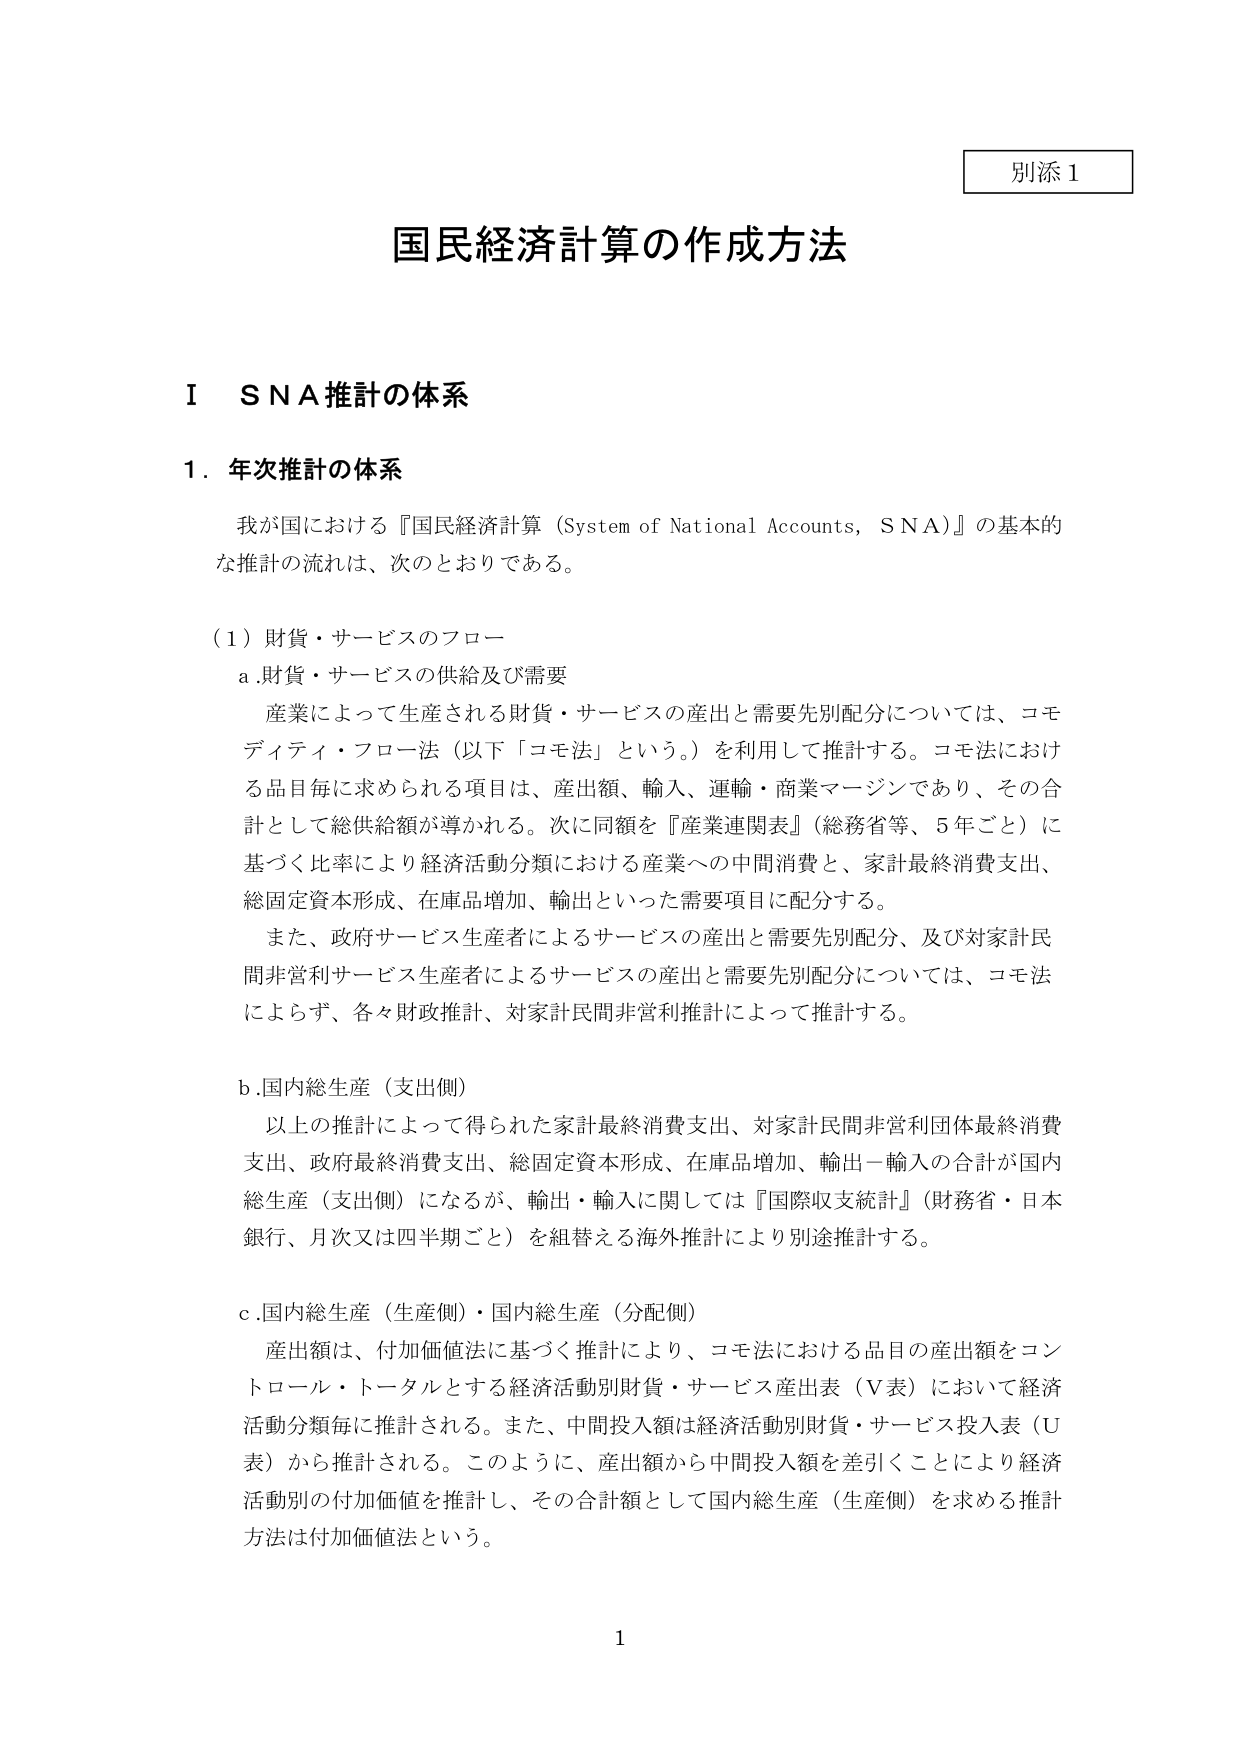
別添１

国民経済計算の作成方法

Ⅰ　ＳＮＡ推計の体系

１．年次推計の体系

　我が国における『国民経済計算（System of National Accounts, SNA）』の基本的な推計の流れは、次のとおりである。

（１）財貨・サービスのフロー

　ａ．財貨・サービスの供給及び需要

　　産業によって生産される財貨・サービスの産出と需要先別配分については、コモディティ・フロー法（以下「コモ法」という。）を利用して推計する。コモ法における品目毎に求められる項目は、産出額、輸入、運輸・商業マージンであり、その合計として総供給額が導かれる。次に同額を『産業連関表』（総務省等、５年ごと）に基づく比率により経済活動分類における産業への中間消費と、家計最終消費支出、総固定資本形成、在庫品増加、輸出といった需要項目に配分する。

　　また、政府サービス生産者によるサービスの産出と需要先別配分、及び対家計民間非営利サービス生産者によるサービスの産出と需要先別配分については、コモ法によらず、各々財政推計、対家計民間非営利推計によって推計する。

　ｂ．国内総生産（支出側）

　　以上の推計によって得られた家計最終消費支出、対家計民間非営利団体最終消費支出、政府最終消費支出、総固定資本形成、在庫品増加、輸出－輸入の合計が国内総生産（支出側）になるが、輸出・輸入に関しては『国際収支統計』（財務省・日本銀行、月次又は四半期ごと）を組替える海外推計により別途推計する。

　ｃ．国内総生産（生産側）・国内総生産（分配側）

　　産出額は、付加価値法に基づく推計により、コモ法における品目の産出額をコントロール・トータルとする経済活動別財貨・サービス産出表（Ｖ表）において経済活動分類毎に推計される。また、中間投入額は経済活動別財貨・サービス投入表（Ｕ表）から推計される。このように、産出額から中間投入額を差引くことにより経済活動別の付加価値を推計し、その合計額として国内総生産（生産側）を求める推計方法は付加価値法という。

1